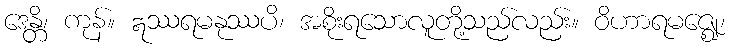
ဒေန္တိ၊ ကုန်။ ဣဿရမနုဿပိ၊ အစိုးရသောလူတို့သည်လည်း။ ဝိဟာရမဇ္ဈေ၊